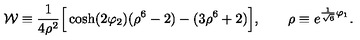
{ \cal W } \equiv { \frac { 1 } { 4 \rho ^ { 2 } } } \Big [ \cosh ( 2 \varphi _ { 2 } ) ( \rho ^ { 6 } - 2 ) - ( 3 \rho ^ { 6 } + 2 ) \Big ] , \qquad \rho \equiv e ^ { { \frac { 1 } { \sqrt { 6 } } } \varphi _ { 1 } } .